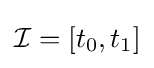
{\mathcal {I}}=[t_{0},t_{1}]